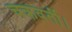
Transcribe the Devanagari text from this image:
चक्रवर्ती।